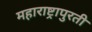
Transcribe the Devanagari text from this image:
महाराष्ट्रापुरती